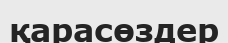
қарасөздер